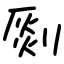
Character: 㓹